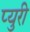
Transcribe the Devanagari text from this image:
प्युरी